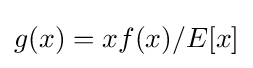
g(x)=xf(x)/E[x]